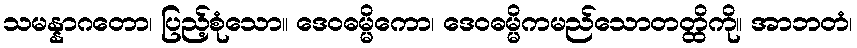
သမန္နာဂတော၊ ပြည့်စုံသော။ ဒေဝဓမ္မိကော၊ ဒေဝဓမ္မိကမည်သောတတ္ထိကို။ အာဘတံ၊